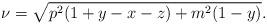
LaTeX: \begin{align*}\nu=\sqrt{p^2(1+y-x-z)+m^2(1-y)}.\end{align*}